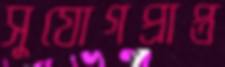
সুযোগপ্রাপ্ত